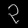
Digit: ၃